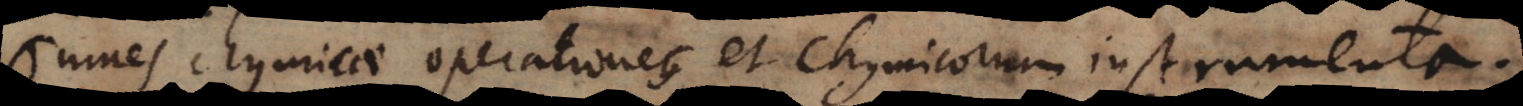
chymicae operationes et chymicorum instrument